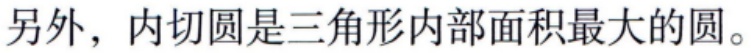
另外，内切圆是三角形内部面积最大的圆。